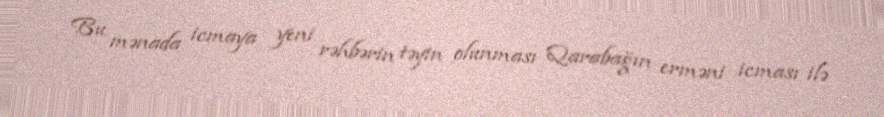
Bu mənada icmaya yeni rəhbərin təyin olunması Qarabağın erməni icması ilə